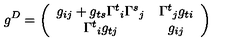
g ^ { D } = \left( \begin{array} { c c } { g _ { i j } + g _ { t s } { \Gamma ^ { t } } _ { i } { \Gamma ^ { s } } _ { j } } & { { \Gamma ^ { t } } _ { j } g _ { t i } } \\ { { \Gamma ^ { t } } _ { i } g _ { t j } } & { g _ { i j } } \\ \end{array} \right)